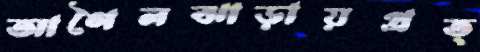
আগৈলঝাড়ায়প্রত্